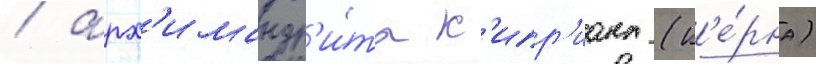
/ арх'имандр'и́та к'ипр'иана (к'е́рна)